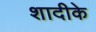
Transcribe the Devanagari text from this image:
शादीके